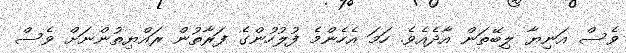
ވެސް އަނިޔާ ލިބޭތަން އާދެއެވެ. ހަމަ އެހެންމެ ފުލުހުންގެ ފަރާތުން ރައްޔިތުންނަށް ވެސް